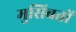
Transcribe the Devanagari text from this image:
मुसिबतों